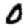
Digit: 0